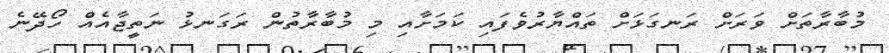
މުބާރާތަށް ވަރަށް ރަނގަޅަށް ތައްޔާރުވެފައި ކަމަށާއި މި މުބާރާތުން ރަގަނޅު ނަތީޖާއެއް ހޯދޭނެ